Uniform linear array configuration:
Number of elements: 24
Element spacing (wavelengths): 1
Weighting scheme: hann
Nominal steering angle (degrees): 30
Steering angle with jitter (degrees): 31.641
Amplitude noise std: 0.05
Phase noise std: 0.05

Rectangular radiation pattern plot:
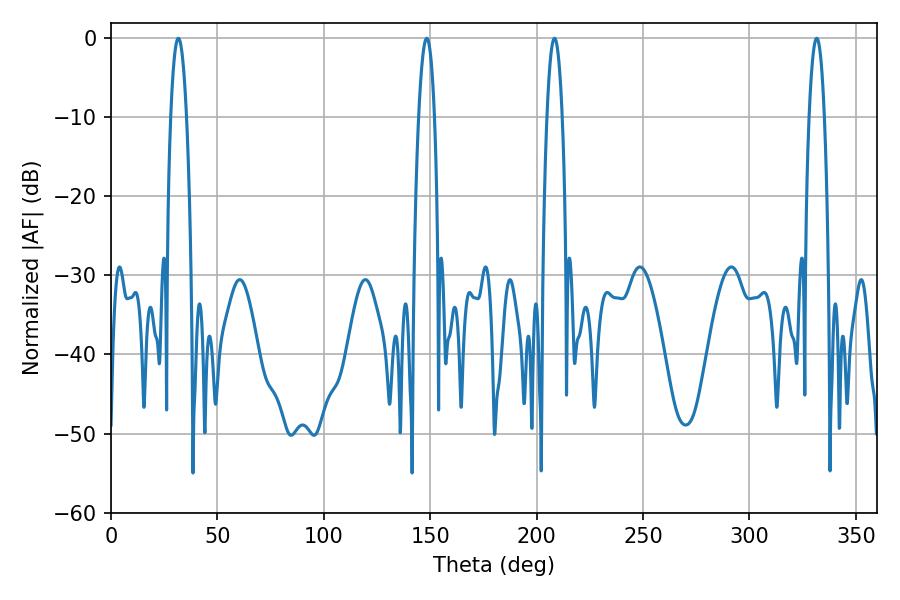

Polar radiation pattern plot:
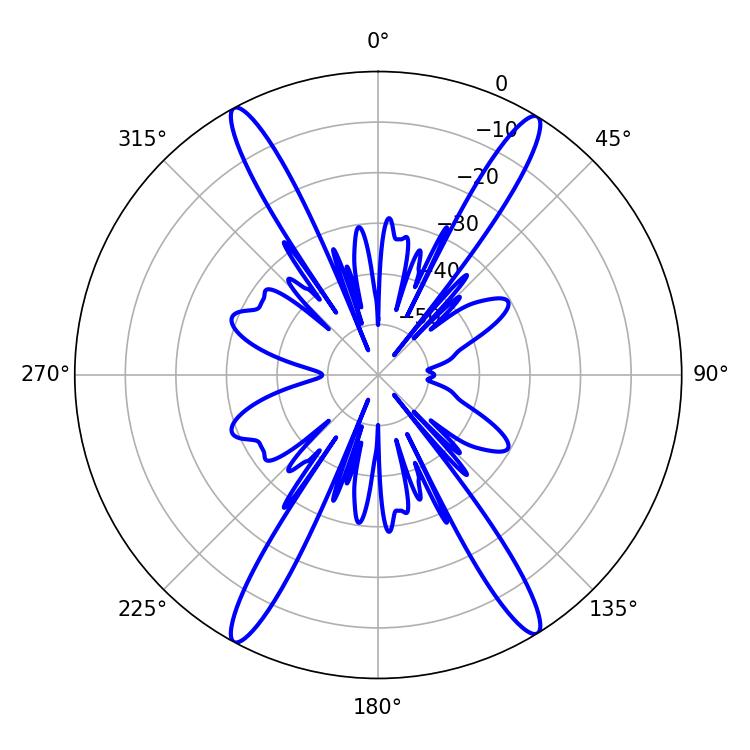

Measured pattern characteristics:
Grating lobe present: TRUE
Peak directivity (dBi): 23.098
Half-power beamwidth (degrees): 3.96
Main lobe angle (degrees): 31.68